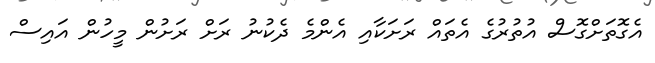
އެގޮތަށްގޮސް އުތުރުގެ އެތައް ރަށަކާއި އެންމެ ދެކުނު ރަށް ރަށުން މީހުން އައިސް